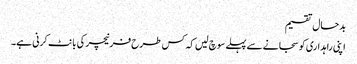
بدحال تقسیم
اپنی راہداری کو سجانے سے پہلے سوچ لیں کہ کس طرح فرنیچر کی بانٹ کرنی ہے۔